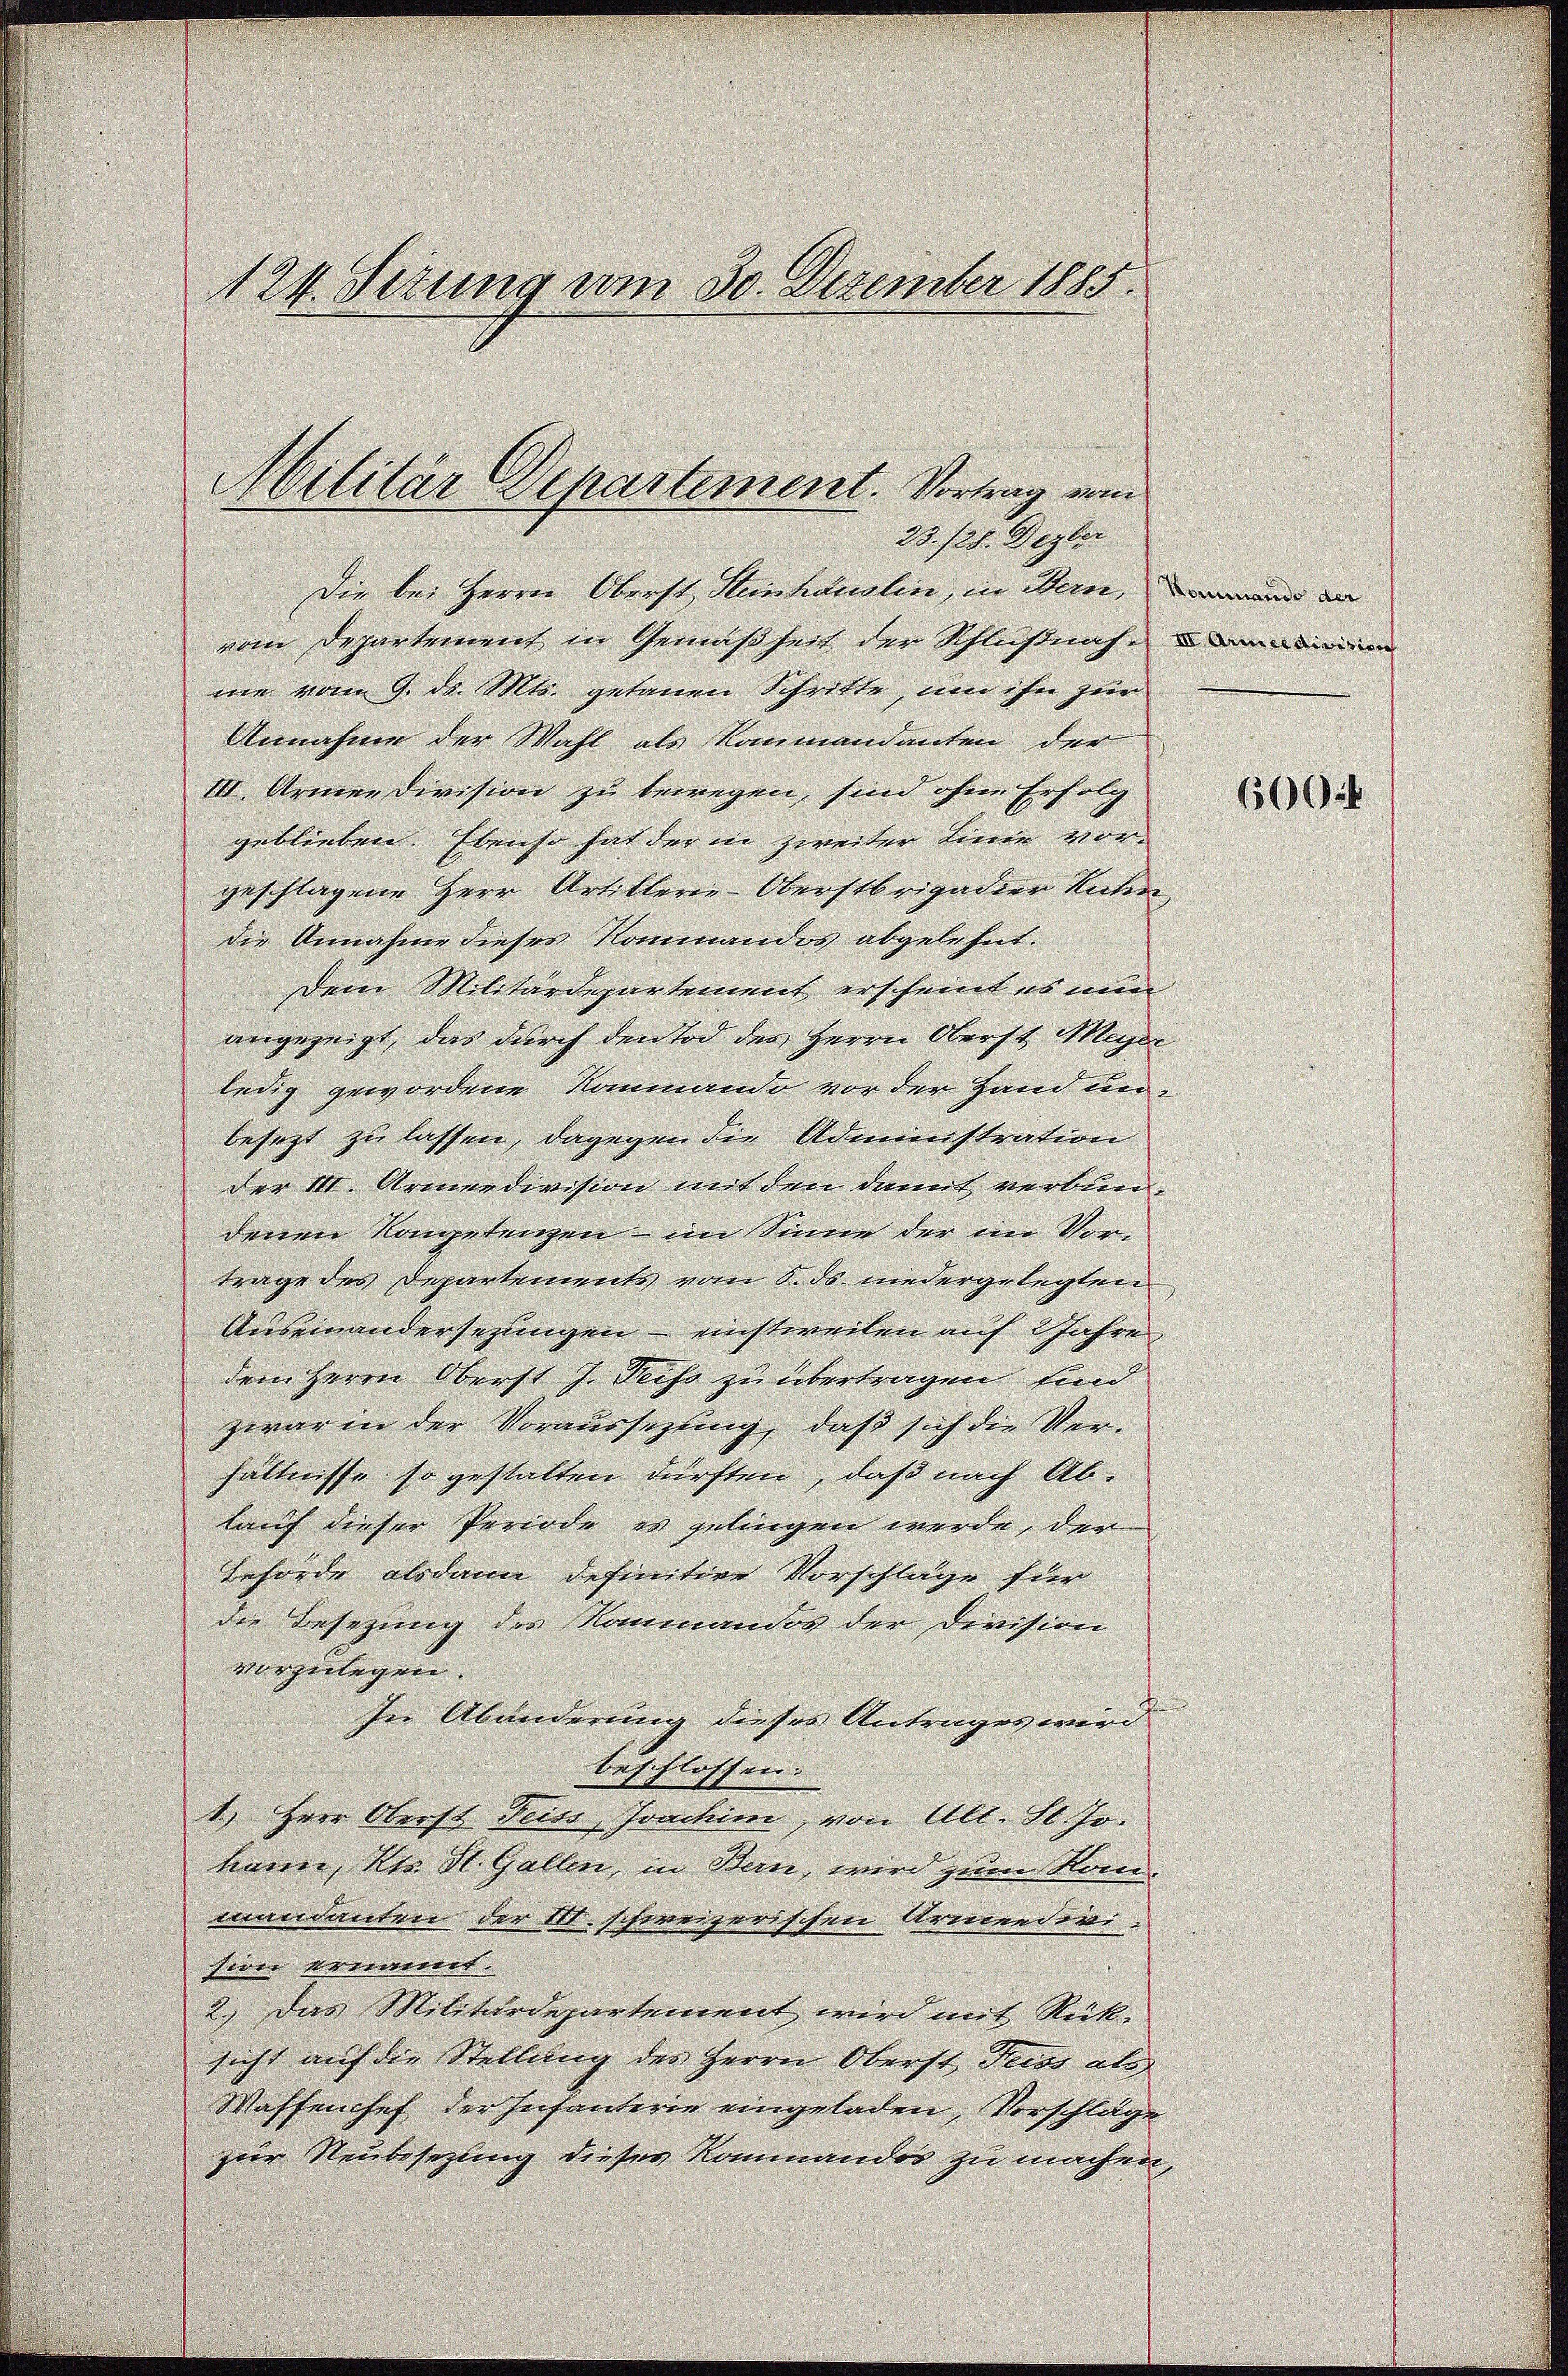
124. Setzung vom 30. Dezember 1885.

Militär Departement. Vortrag vom
23. 128. Dezber

Die bei Herrn Oberst Steinhäuslin, in Bern, und an
vom Departement in Gemäßheit der Schlußnah
me vom 9. ds. Mts. getanen Schritte, um ihn zur
Annahme der Wahl als Kommandanten der
III. Armee division zu bewegen, sind ohne Erfolg
geblieben. Ebenso hat der in zweiter Linie vor-
geschlagene Herr Artillerie-Oberstrigadier Unter
die Annahme dieses Kommandos abgelehnt.
Dem Militärdepartement erscheint es nun
angezeigt, das durch den Tod des Herrn Oberst Meyer
ledig gewordene Nanmando vor der Hand unbesezt zu lassen, dagegen die Administration
der III. Armeedivision mit den damit verbundenen Kompetenzen – im Sinne der im Vortrage des Departements vom 8. ds. niedergelegten
Auseinandersezungen – einstweilen auf Jahre
dem Herrn Oberst J. Teiss zu übertragen sind
zwar in der Voraussezung, daß sich die Verhältnisse so gestalten dürften, daß nach Ablauf dieser Periode es gelingen werde, der
Behörde alsdann definitive Vorschläge für
die Besetzung des Raumandos der Division
vorzulegen.
In Abänderung dieses Antrages wird
beschlossen:
1.) Herr Oberst Feiss, Joachim, von Alt. St. Jo
hann, Kts. St. Gallen, in Bern, wird zum Kanmandanten der III. schweizerischen Armeedivi-
siner ernannt.
2.) Das Militärdepartement wird mit Rücksicht auf die Stellung des Herrn Oberst Freiss als
Waffenhef der Infanterie eingeladen, Vorschläge
zur Neubesetzung dieser Kommandos zu machen,

600